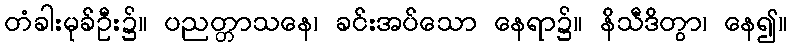
တံခါးမုခ်ဦး၌။ ပညတ္တာသနေ၊ ခင်းအပ်သော နေရာ၌။ နိသီဒိတွာ၊ နေ၍။